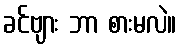
ခင်ဗျား ဘာ စားမလဲ။